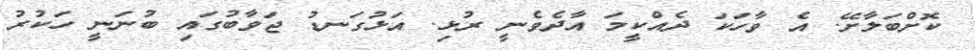
ކޮށްބަލާށޭ. އެ ވާހަކަ ދެއްކީމަ އާދެވެނީ ރުޅި. އަޅުގަނޑު ޖަވާބުގައި ބުނަނީ ހަކުރު